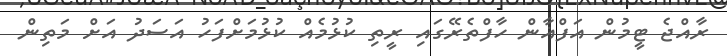
ރާއްޖެ ޓީމުން އަފްޣާން ހާފްތެރޭގައި ރީތި ކުޅުމެއް ކުޅުމަށްފަހު އަސަދު އަށް މަތިން